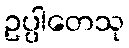
ဥပ္ပါတေသု